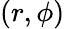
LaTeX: (r,\phi)